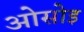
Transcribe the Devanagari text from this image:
ओसोइ